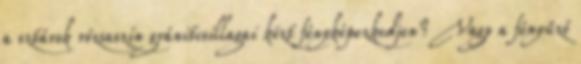
a sztárok rózsaszín gránitcsillagai közt fényképezkedjen? Vagy a fényűző